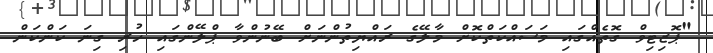
"ޕޮޒިޓިވް ގޮތެއްގައި މަސައްކަތްކޮށް މާލޭގެ ރައްޔިތުންނަށް ބޭނުންވާ ޕްލޭންގައި ހުރި ގިނަ ކަންކަން